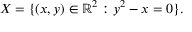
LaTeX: X = \{ ( x , y ) \in \mathbb { R } ^ { 2 } : y ^ { 2 } - x = 0 \} .